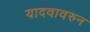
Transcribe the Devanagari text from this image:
यादवावरुन